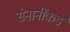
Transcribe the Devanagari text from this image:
सेनानींकडे